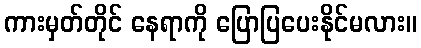
ကားမှတ်တိုင် နေရာကို ပြောပြပေးနိုင်မလား။